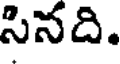
సినది.